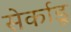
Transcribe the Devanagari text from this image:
सेर्काडू